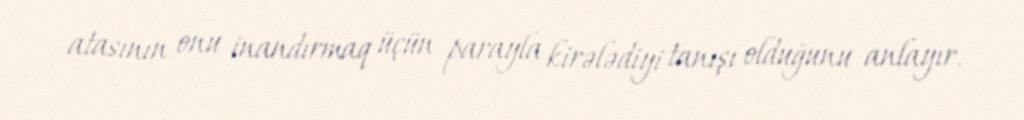
atasının onu inandırmaq üçün parayla kirələdiyi tanışı olduğunu anlayır.